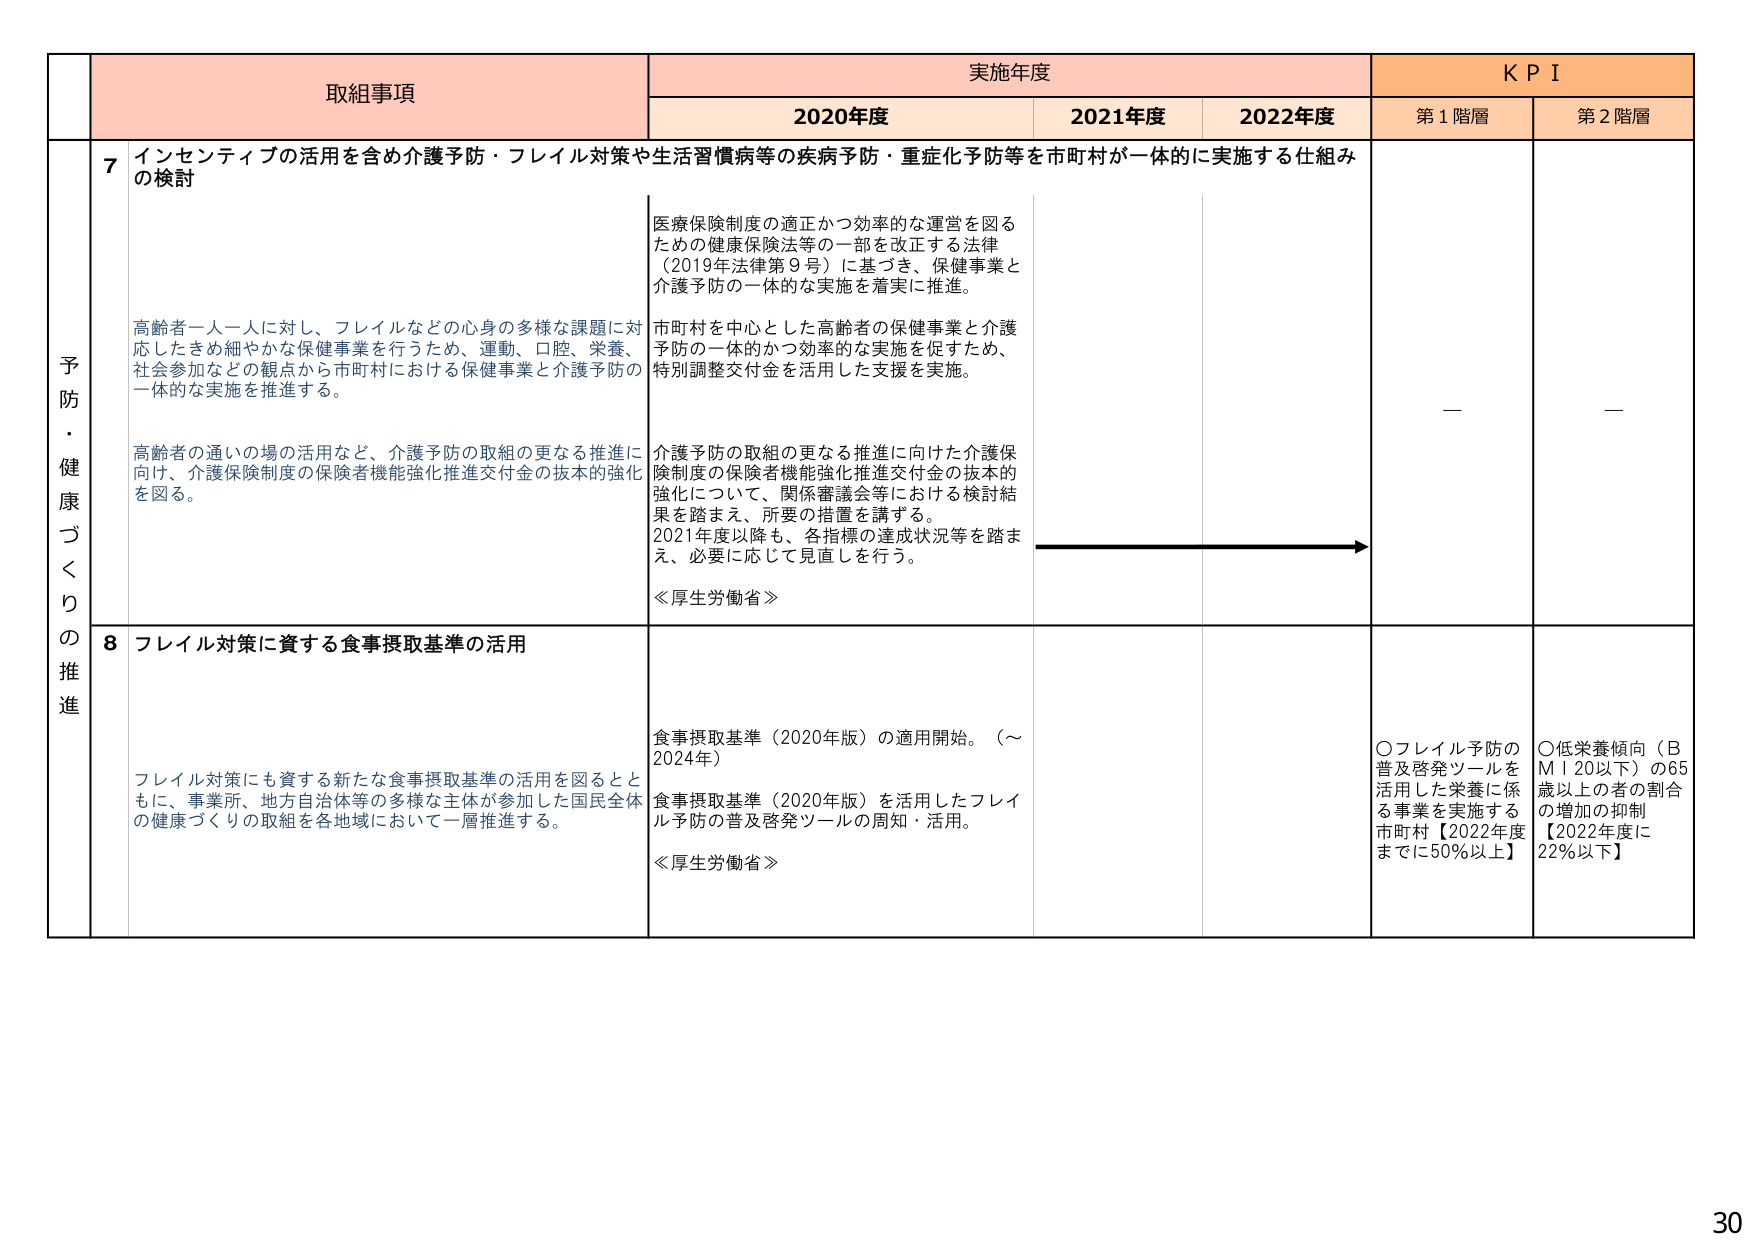
予防・健康づくりの推進

取組事項

実施年度

KPI

2020年度

2021年度

2022年度

第1階層

第2階層

7 インセンティブの活用を含め介護予防・フレイル対策や生活習慣病等の疾病予防・重症化予防等を市町村が一体的に実施する仕組みの検討

高齢者一人一人に対し、フレイルなどの心身の多様な課題に対応したきめ細やかな保健事業を行うため、運動、口腔、栄養、社会参加などの観点から市町村における保健事業と介護予防の一体的な実施を推進する。

高齢者の通いの場の活用など、介護予防の取組の更なる推進に向け、介護保険制度の保険者機能強化推進交付金の抜本的強化を図る。

医療保険制度の適正かつ効率的な運営を図るための健康保険法等の一部を改正する法律（2019年法律第9号）に基づき、保健事業と介護予防の一体的な実施を着実に推進。

市町村を中心とした高齢者の保健事業と介護予防の一体的かつ効率的な実施を促すため、特別調整交付金を活用した支援を実施。

介護予防の取組の更なる推進に向けた介護保険制度の保険者機能強化推進交付金の抜本的強化について、関係審議会等における検討結果を踏まえ、所要の措置を講ずる。

2021年度以降も、各指標の達成状況等を踏まえ、必要に応じて見直しを行う。

≪厚生労働省≫

—

—

8 フレイル対策に資する食事摂取基準の活用

フレイル対策にも資する新たな食事摂取基準の活用を図るとともに、事業所、地方自治体等の多様な主体が参加した国民全体の健康づくりの取組を各地域において一層推進する。

食事摂取基準（2020年版）の適用開始。（～2024年）

食事摂取基準（2020年版）を活用したフレイル予防の普及啓発ツールの周知・活用。

≪厚生労働省≫

〇フレイル予防の普及啓発ツールを活用した栄養に係る事業を実施する市町村【2022年度までに50％以上】

〇低栄養傾向（BMI 20以下）の65歳以上の者の割合の増加の抑制【2022年度に22％以下】

30